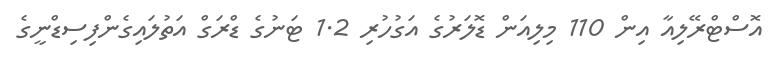
އޮސްޓްރޭލިއާ އިން 110 މިލިއަން ޑޮލަރުގެ އަގުހުރި 1.2 ޓަނުގެ ޑްރަގް އަތުލައިގެންފިސިޑްނީގެ